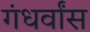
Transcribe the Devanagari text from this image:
गंधर्वांस